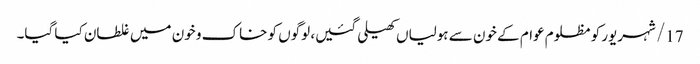
17/ شہریور کو مظلوم عوام کے خون سے ہولیاں کھیلی گئیں، لوگوں کو خاک و خون میں غلطان کیا گیا۔